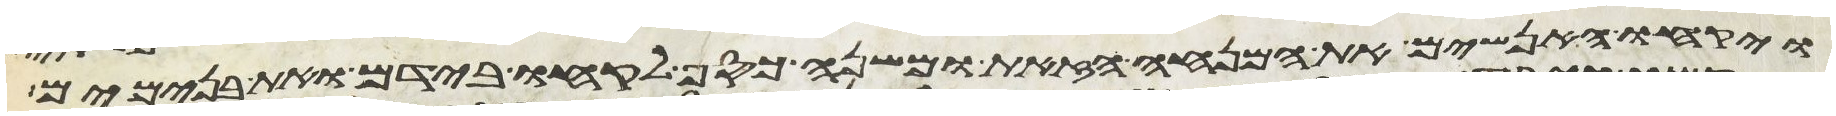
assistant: ויקחו האנשים את המנחה הזאת ומשנה כסף לקחו בידם ואת בנימים